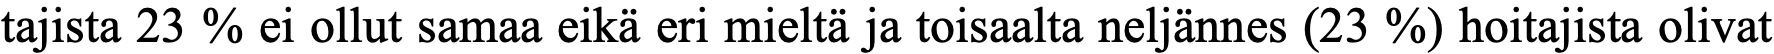
tajista 23 % ei ollut samaa eikä eri mieltä ja toisaalta neljännes (23 %) hoitajista olivat